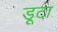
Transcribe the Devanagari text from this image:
डूटा